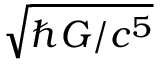
\sqrt { \hbar G / c ^ { 5 } }